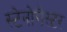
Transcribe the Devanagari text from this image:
स्टेनोगैस्टर